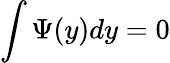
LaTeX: \int\Psi(y)dy=0